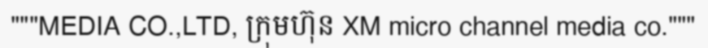
"""MEDIA CO.,LTD, ក្រុមហ៊ុន XM micro channel media co."""